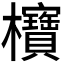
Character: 𪴥